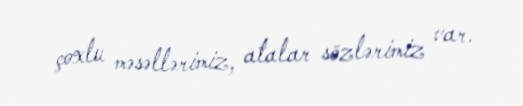
çoxlu məsəllərimiz, atalar sözlərimiz var.